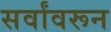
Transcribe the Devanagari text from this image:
सर्वांवरून